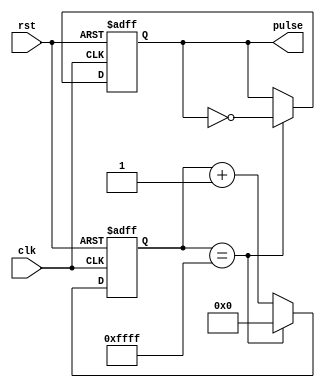
module Asynchronous_Pulse_Generator(
    input wire clk,
    input wire rst,
    output wire pulse
);

reg [31:0] counter;
reg pulse_gen;

parameter PULSE_DURATION = 32'hFFFF; // Duration of the pulse
parameter CLOCK_FREQ = 50_000_000; // Clock frequency in Hz
parameter DESIRED_FREQ = 1000; // Desired pulse frequency in Hz

always @(posedge clk or posedge rst) begin
    if (rst) begin
        counter <= 0;
        pulse_gen <= 0;
    end else begin
        if (counter == PULSE_DURATION) begin
            counter <= 0;
            pulse_gen <= ~pulse_gen;
        end else begin
            counter <= counter + 1;
        end
    end
end

assign pulse = pulse_gen;

endmodule